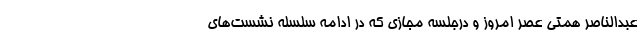
عبدالناصر همتی عصر امروز و درجلسه مجازی که در ادامه سلسله نشست‌های